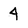
Character: 4